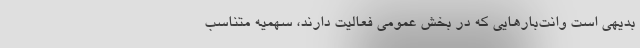
بدیهی است وانت‌بارهایی که در بخش عمومی فعالیت دارند، سهمیه متناسب